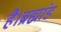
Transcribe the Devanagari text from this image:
है।ब्रह्मांड